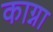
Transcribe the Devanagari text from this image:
काग्ना